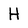
Character: H